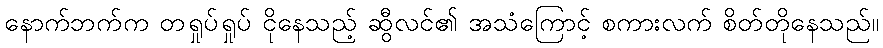
နောက်ဘက်က တရှုပ်ရှုပ် ငိုနေသည့် ဆွီလင်၏ အသံကြောင့် စကားလက် စိတ်တိုနေသည်။